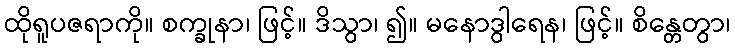
ထိုရူပဇရာကို။ စက္ခုနာ၊ ဖြင့်။ ဒိသွာ၊ ၍။ မနောဒွါရေန၊ ဖြင့်။ စိန္တေတွာ၊